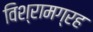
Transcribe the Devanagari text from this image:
विश्रामग्रह